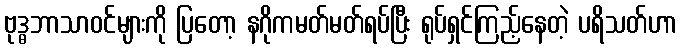
ဗုဒ္ဓဘာသာဝင်များကို ပြတော့ နဂိုကမတ်မတ်ရပ်ပြီး ရုပ်ရှင်ကြည့်နေတဲ့ ပရိသတ်ဟာ